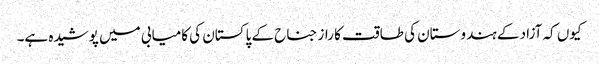
کیوں کہ آزاد کے ہندوستان کی طاقت کا راز جناح کے پاکستان کی کامیابی میں پوشیدہ ہے۔